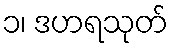
၁၊ ဒဟရသုတ်